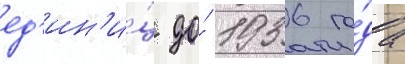
ед'ин'и́ц до́ 1936 го́да